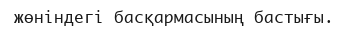
жөніндегі басқармасының бастығы.